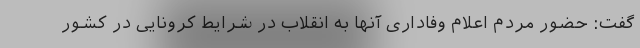
گفت: حضور مردم اعلام وفاداری آنها به انقلاب در شرایط کرونایی در کشور